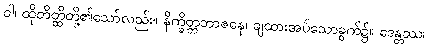
ဝါ၊ ထိုတိတ္ထိတို့၏သော်လည်း။ နိက္ခိတ္တဘာဇနေ၊ ချထားအပ်သောခွက်၌။ ဒေန္တဿ၊